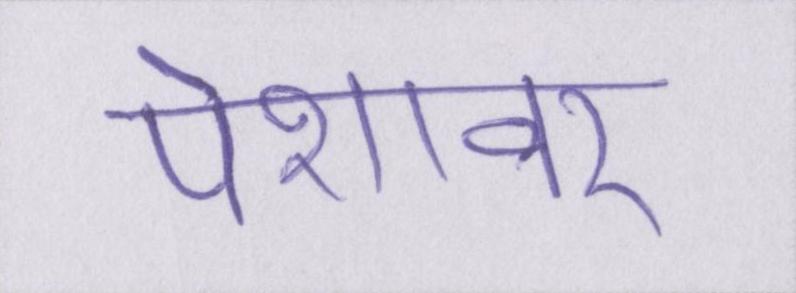
पेशावर